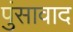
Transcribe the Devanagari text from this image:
पुंसावाद